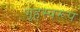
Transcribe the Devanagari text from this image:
गृहस्वरूप